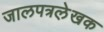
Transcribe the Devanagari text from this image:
जालपत्रले़खक